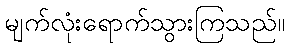
မျက်လုံးရောက်သွားကြသည်။